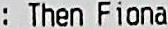
: THEN FIONA